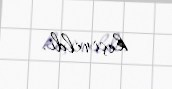
keçirildi.